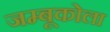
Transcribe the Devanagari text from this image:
जम्बूकोला